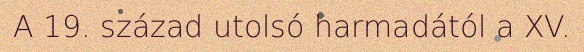
A 19. század utolsó harmadától a XV.